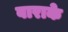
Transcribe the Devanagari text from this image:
बाराके